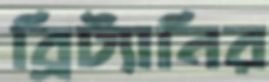
ব্রিট্যানির